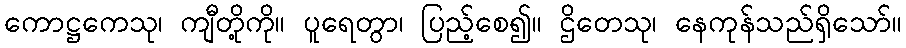
ကောဋ္ဌကေသု၊ ကျီတို့ကို။ ပူရေတွာ၊ ပြည့်စေ၍။ ဌိတေသု၊ နေကုန်သည်ရှိသော်။